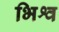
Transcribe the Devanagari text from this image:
भिश्व